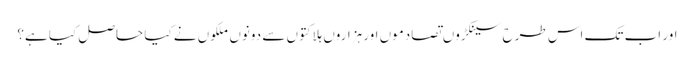
اور اب تک اس طرح سینکڑوں تصادموں اور ہزاروں ہلاکتوں سے دونوں ملکوں نے کیا حاصل کیا ہے؟